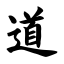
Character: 道